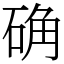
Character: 确